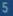
5